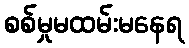
စစ်မှုမထမ်းမနေရ